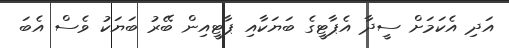
އަދި އެކަމަށް ސީދާ އެޕާޓީގެ ބަޔަކާއި ޕާޓީއިން ބޭރު ބަޔަކު ވެސް އެބަ